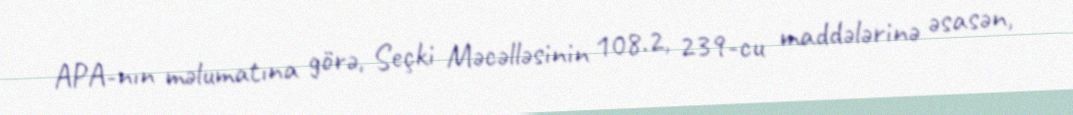
APA-nın məlumatına görə, Seçki Məcəlləsinin 108.2, 239-cu maddələrinə əsasən,